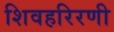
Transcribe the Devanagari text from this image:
शिवहरिरणी